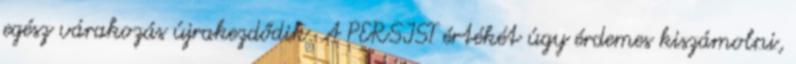
egész várakozás újrakezdődik. A PERSIST értékét úgy érdemes kiszámolni,